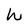
Character: W